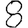
Digit: 8